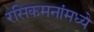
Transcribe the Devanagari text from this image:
रसिकमनांमध्ये